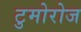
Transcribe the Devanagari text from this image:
टुमोरोज